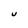
Character: U